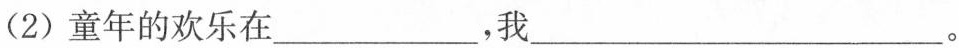
(2)童年的欢乐在___，我___。